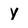
Character: Y